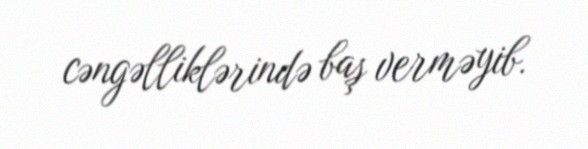
cəngəlliklərində baş verməyib.